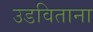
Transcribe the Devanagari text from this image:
उडविताना